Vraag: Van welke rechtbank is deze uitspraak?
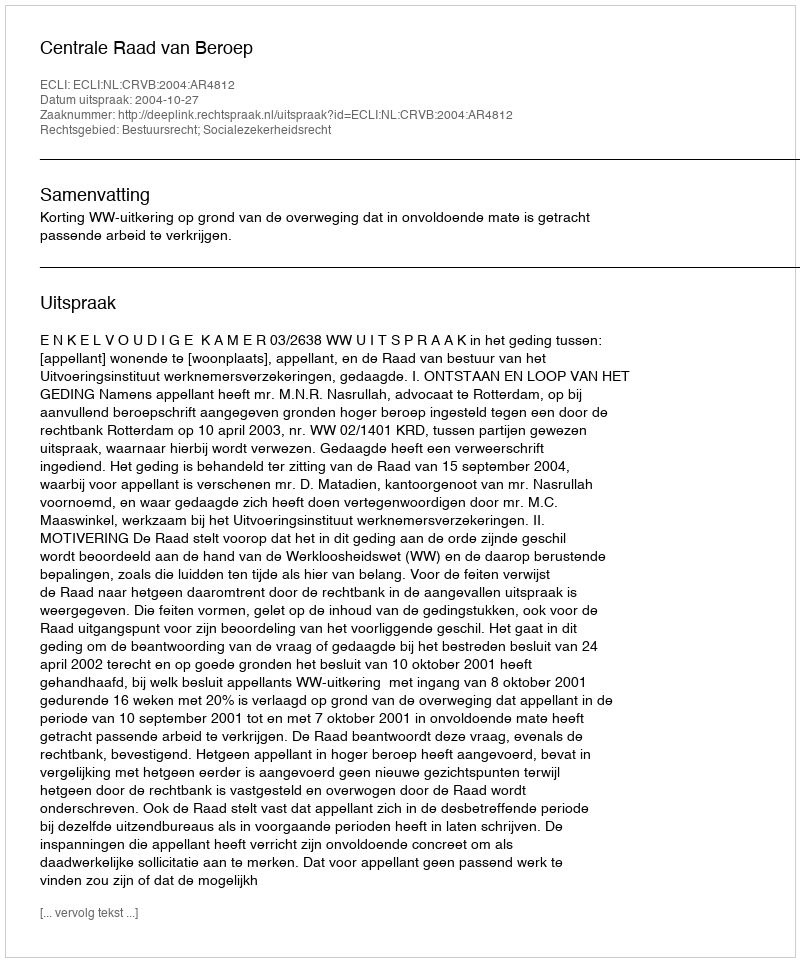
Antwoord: Centrale Raad van Beroep